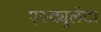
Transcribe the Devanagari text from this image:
एस्क्युलेंटा